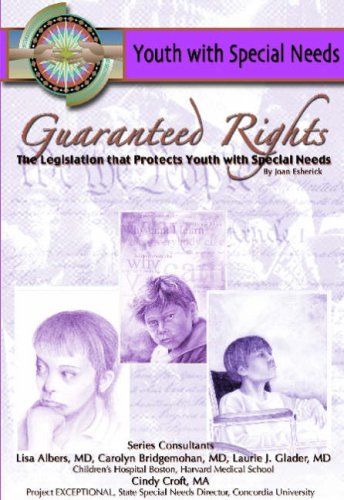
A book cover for Guaranteed Rights: The Legislation That Protects Youth With Special Needs; Joan Esherick; Teen & Young Adult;